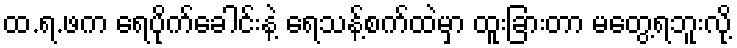
ထ.ရ.ဖက ရေပိုက်ခေါင်းနဲ့ ရေသန့်စက်ထဲမှာ ထူးခြားတာ မတွေ့ရဘူးလို့